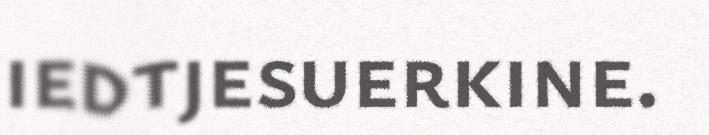
iedtjesuerkine.